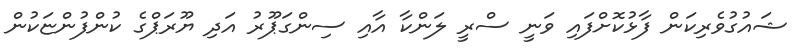
ޝައުގުވެރިކަން ފާޅުކޮށްފައި ވަނީ ސްރީ ލަންކާ އާއި ސިންގަޕޫރު އަދި ޔޫރަޕްގެ ކުންފުންޏަކުން